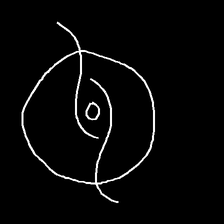
Glyph: repetition